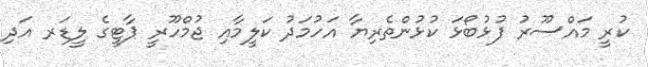
ކުރީ މައްސޫރު ފުޅުބޯޅަ ކުޅުންތެރިޔާ އަހުމަދު ކަލީމާއި ޖުމްހޫރީ ޕާޓީގެ ލީޑަރ އަދި